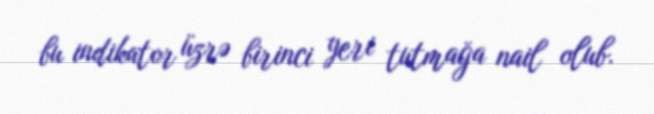
bu indikator üzrə birinci yeri tutmağa nail olub.